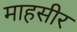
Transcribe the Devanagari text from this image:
माहसीर